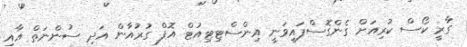
ގާރީ ކޯސް ކުރިއަށް ގެންގޮސްފައިވަނީ އިންސްޓިޓިއުޓް އޮފް ގުރުއާން އަދި ސުންނަތް އާއި